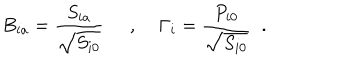
B _ { i a } = \frac { S _ { i a } } { \sqrt { S _ { i 0 } } } \; \; , \; \Gamma _ { i } = \frac { P _ { i 0 } } { \sqrt { S _ { i 0 } } } \; \; .